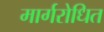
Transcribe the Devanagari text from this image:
मार्गरोधित